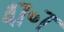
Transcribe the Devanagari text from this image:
४७॰७